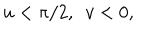
u < \pi / 2 , ~ ~ v < 0 ,